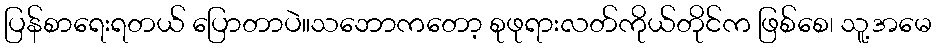
ပြန်စာရေးရတယ် ပြောတာပဲ။သဘောကတော့ စုဖုရားလတ်ကိုယ်တိုင်က ဖြစ်စေ၊ သူ့အမေ